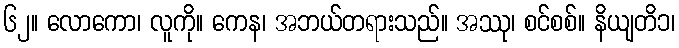
၆၂။ လောကော၊ လူကို။ ကေန၊ အဘယ်တရားသည်။ အဿု၊ စင်စစ်။ နိယျတိ၁၊